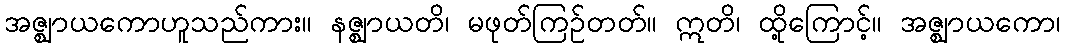
အဇ္ဈာယကောဟူသည်ကား။ နဇ္ဈာယတိ၊ မဖုတ်ကြဉ်တတ်။ ဣတိ၊ ထို့ကြောင့်။ အဇ္ဈာယကော၊